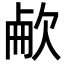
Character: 欳